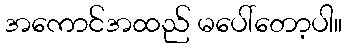
အကောင်အထည် မပေါ်တော့ပါ။